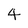
Character: 4